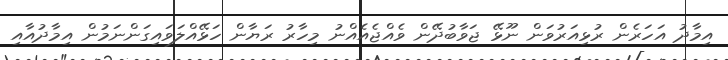
އިމާދު އަހަރެން ރުޅިއަރުވަން ނޫޅޭ ޖަވާބުދޭން ވެއްޖެއެއްނު މިހާރު ރަޔާން ހަޅޭއްލަވައިގަންނަމުން އިމާދުއާއި